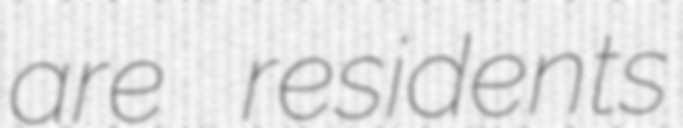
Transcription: are residents